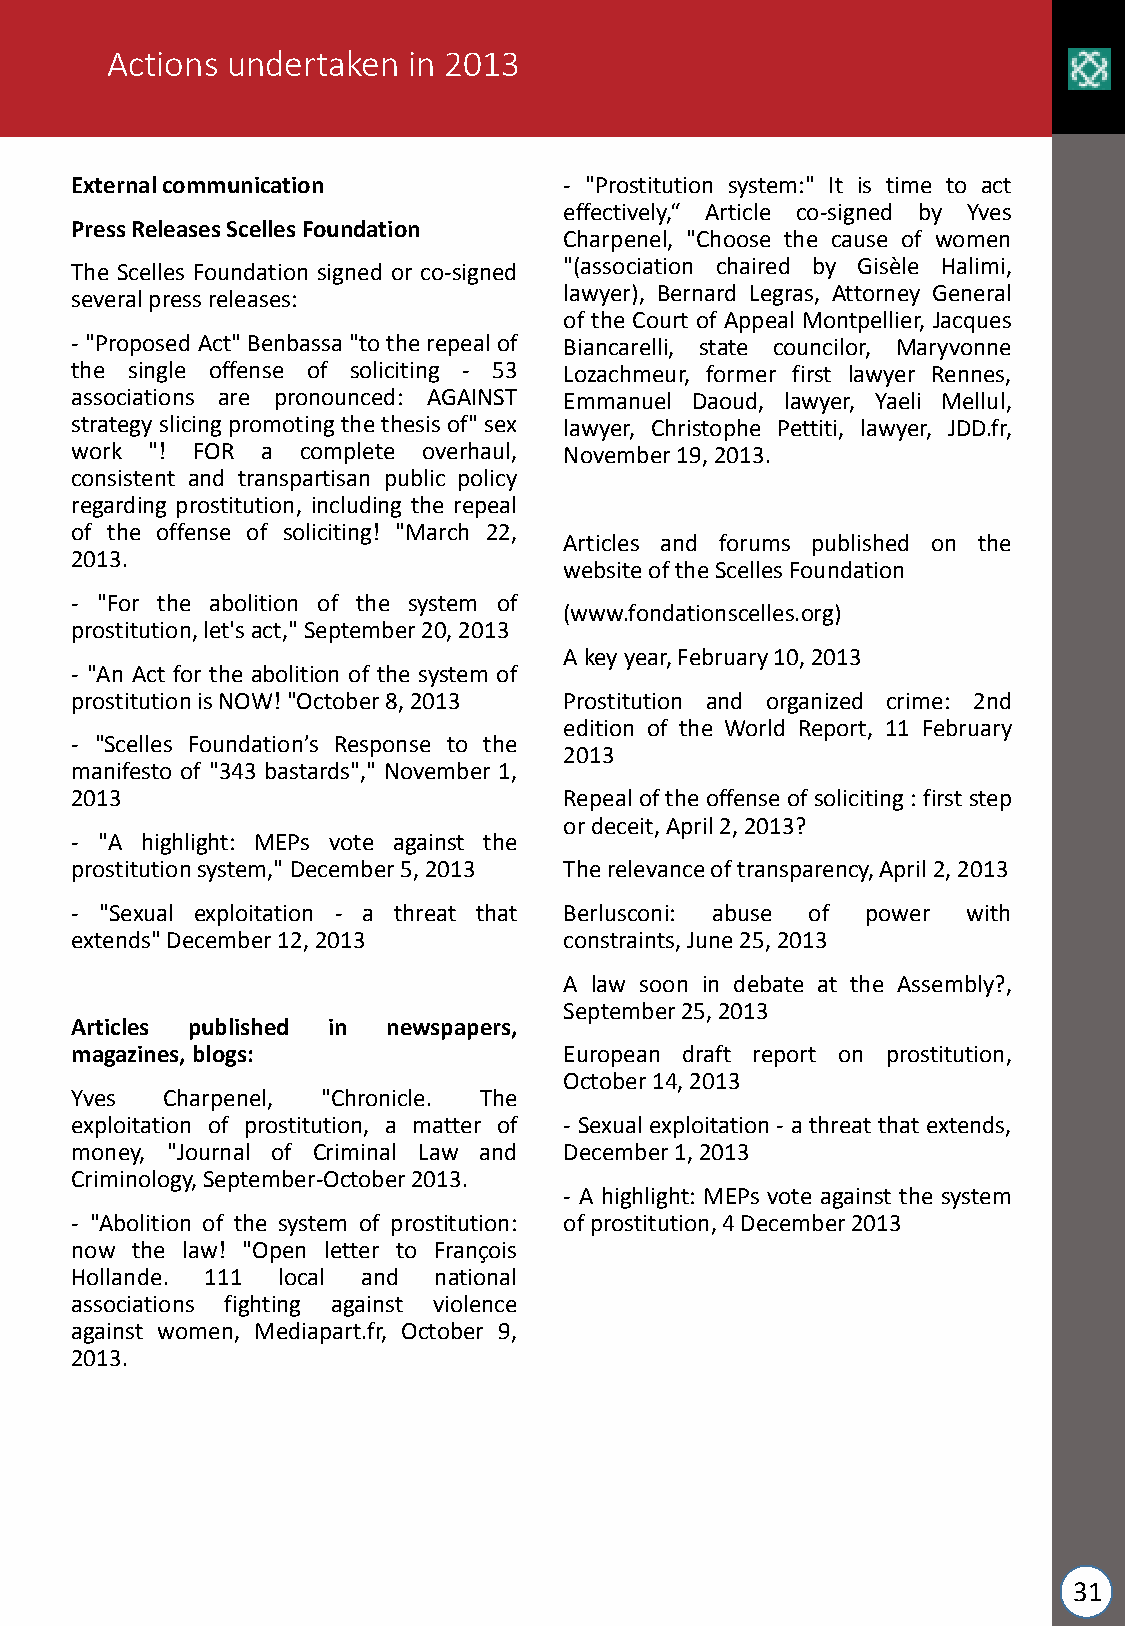
Actions undertaken  in 2013
 Externalcommunication           - "Prostitution system:" It is time to act
 effectively,“ Article co-signed by Yves
 PressReleasesScellesFoundation
 Charpenel, "Choose the cause of women
 The Scelles Foundation signed or co-signed "(association chaired by Gisèle Halimi,
 severalpressreleases:           lawyer), Bernard Legras, Attorney General
 of the Court of Appeal Montpellier, Jacques
 -"Proposed Act"Benbassa "totherepealof Biancarelli, state councilor, Maryvonne
 the single offense of soliciting - 53 Lozachmeur, former first lawyer Rennes,
 associations are pronounced: AGAINST Emmanuel Daoud, lawyer, Yaeli Mellul,
 strategy slicingpromoting the thesis of"sex lawyer, Christophe Pettiti, lawyer, JDD.fr,
 work "! FOR a  complete overhaul, November19,2013.
 consistent and transpartisan public policy
 regarding prostitution, including the repeal
 of the offense of soliciting! "March 22,
 Articles and forums published on the
 2013.
 websiteoftheScellesFoundation
 - "For the abolition of the system of
 (www.fondationscelles.org)
 prostitution,let'sact,"September20,2013
 Akeyyear,February10,2013
 - "An Act for the abolition of the system of
 prostitutionisNOW!"October8,2013 Prostitution and organized crime: 2nd
 edition of the World Report, 11 February
 - "Scelles Foundation’s Response to the
 2013
 manifesto of "343 bastards"," November 1,
 2013                            Repeal ofthe offense ofsoliciting :first step
 ordeceit,April2,2013?
 - "A highlight: MEPs vote against the
 prostitutionsystem,"December5,2013 Therelevanceoftransparency,April2,2013
 - "Sexual exploitation - a threat that Berlusconi: abuse of power with
 extends"December12,2013         constraints,June25,2013
 A law soon in debate at the Assembly?,
 September25,2013
 Articles published in newspapers,
 magazines,blogs:                European draft report on prostitution,
 October14,2013
 Yves  Charpenel, "Chronicle. The
 exploitation of prostitution, a matter of - Sexual exploitation - a threat that extends,
 money, "Journal of Criminal Law and December1,2013
 Criminology,September-October2013.
 - A highlight: MEPs vote against the system
 - "Abolition of the system of prostitution: ofprostitution,4December2013
 now the law! "Open letter to François
 Hollande. 111 local and national
 associations fighting against violence
 against women, Mediapart.fr, October 9,
 2013.
 31